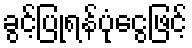
ခွင့်ပြုရန်ပုံငွေဖြင့်